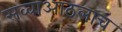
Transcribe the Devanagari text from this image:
सव्वाआठलाच